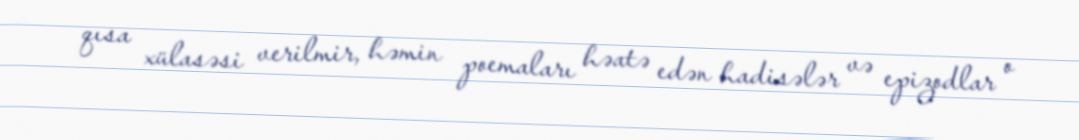
qısa xülasəsi verilmir, həmin poemaları həatə edən hadisələr və epizodlar o